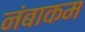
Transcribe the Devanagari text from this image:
नंबाकम